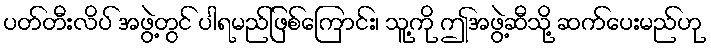
ပတ်တီးလိပ် အဖွဲ့တွင် ပါရမည်ဖြစ်ကြောင်း၊ သူ့ကို ဤအဖွဲ့ဆီသို့ ဆက်ပေးမည်ဟု